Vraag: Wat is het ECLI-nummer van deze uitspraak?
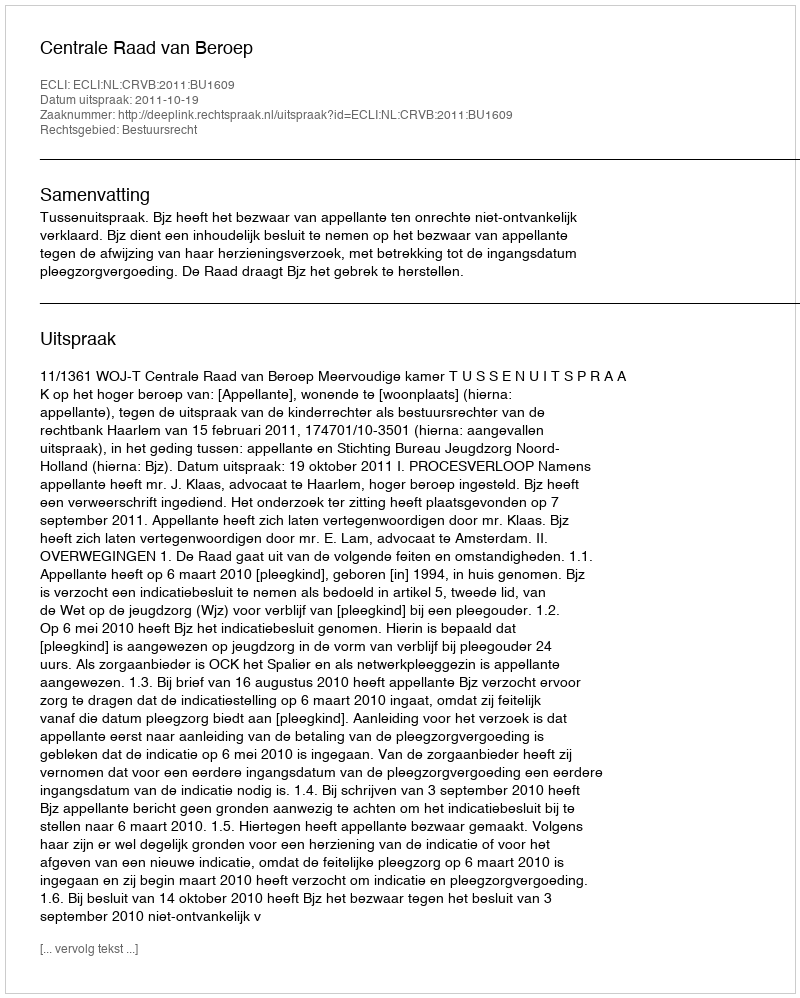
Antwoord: ECLI:NL:CRVB:2011:BU1609